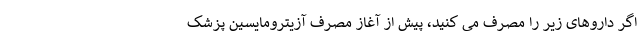
اگر داروهای زیر را مصرف می کنید، پیش از آغاز مصرف آزیترومایسین پزشک